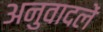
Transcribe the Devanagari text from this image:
अनुवादलें